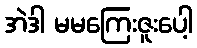
အဲဒါ မမကြေးဇူးပေါ့